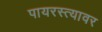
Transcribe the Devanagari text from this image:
पायरस्त्यावर